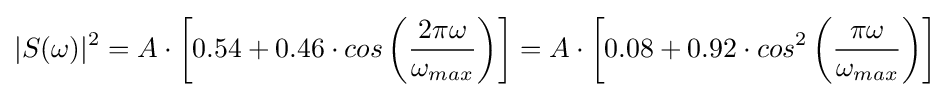
|S(\omega )|^{2}=A\cdot \left[0.54+0.46\cdot cos\left({\frac {2\pi \omega }{\omega _{max}}}\right)\right]=A\cdot \left[0.08+0.92\cdot cos^{2}\left({\frac {\pi \omega }{\omega _{max}}}\right)\right]